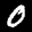
Label: 0